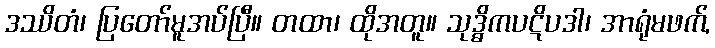
ဒဿိတံ၊ ပြတော်မူအပ်ပြီ။ တထာ၊ ထိုအတူ။ သုဒ္ဓိကပဋိပဒါ၊ အာရုံမဖက်,